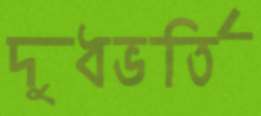
দুধভর্তি